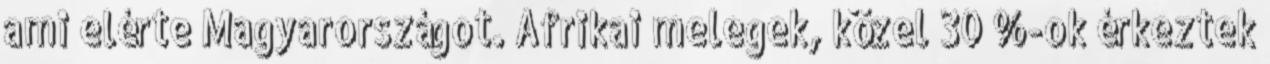
ami elérte Magyarországot. Afrikai melegek, közel 30 %-ok érkeztek